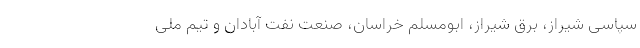
سپاسی شیراز، برق شیراز، ابومسلم خراسان، صنعت نفت آبادان و تیم ملی